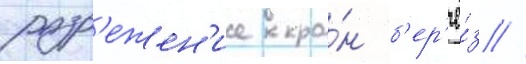
разр'ежен'ие кро́н б'ер'ё́з //